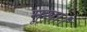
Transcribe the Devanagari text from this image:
मूसा।